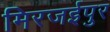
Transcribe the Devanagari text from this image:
मिरजईपुर